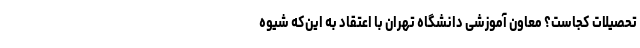
تحصیلات کجاست؟ معاون آموزشی دانشگاه تهران با اعتقاد به این‌که شیوه